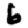
Digit: 6